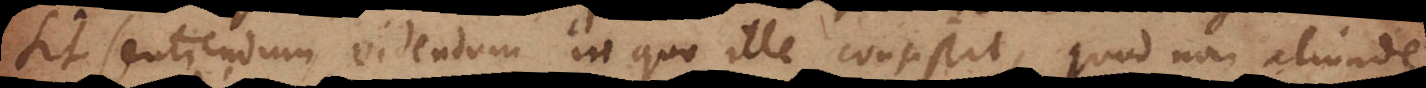
sit sentiendum videndum in quo ille consistit quod non aliunde